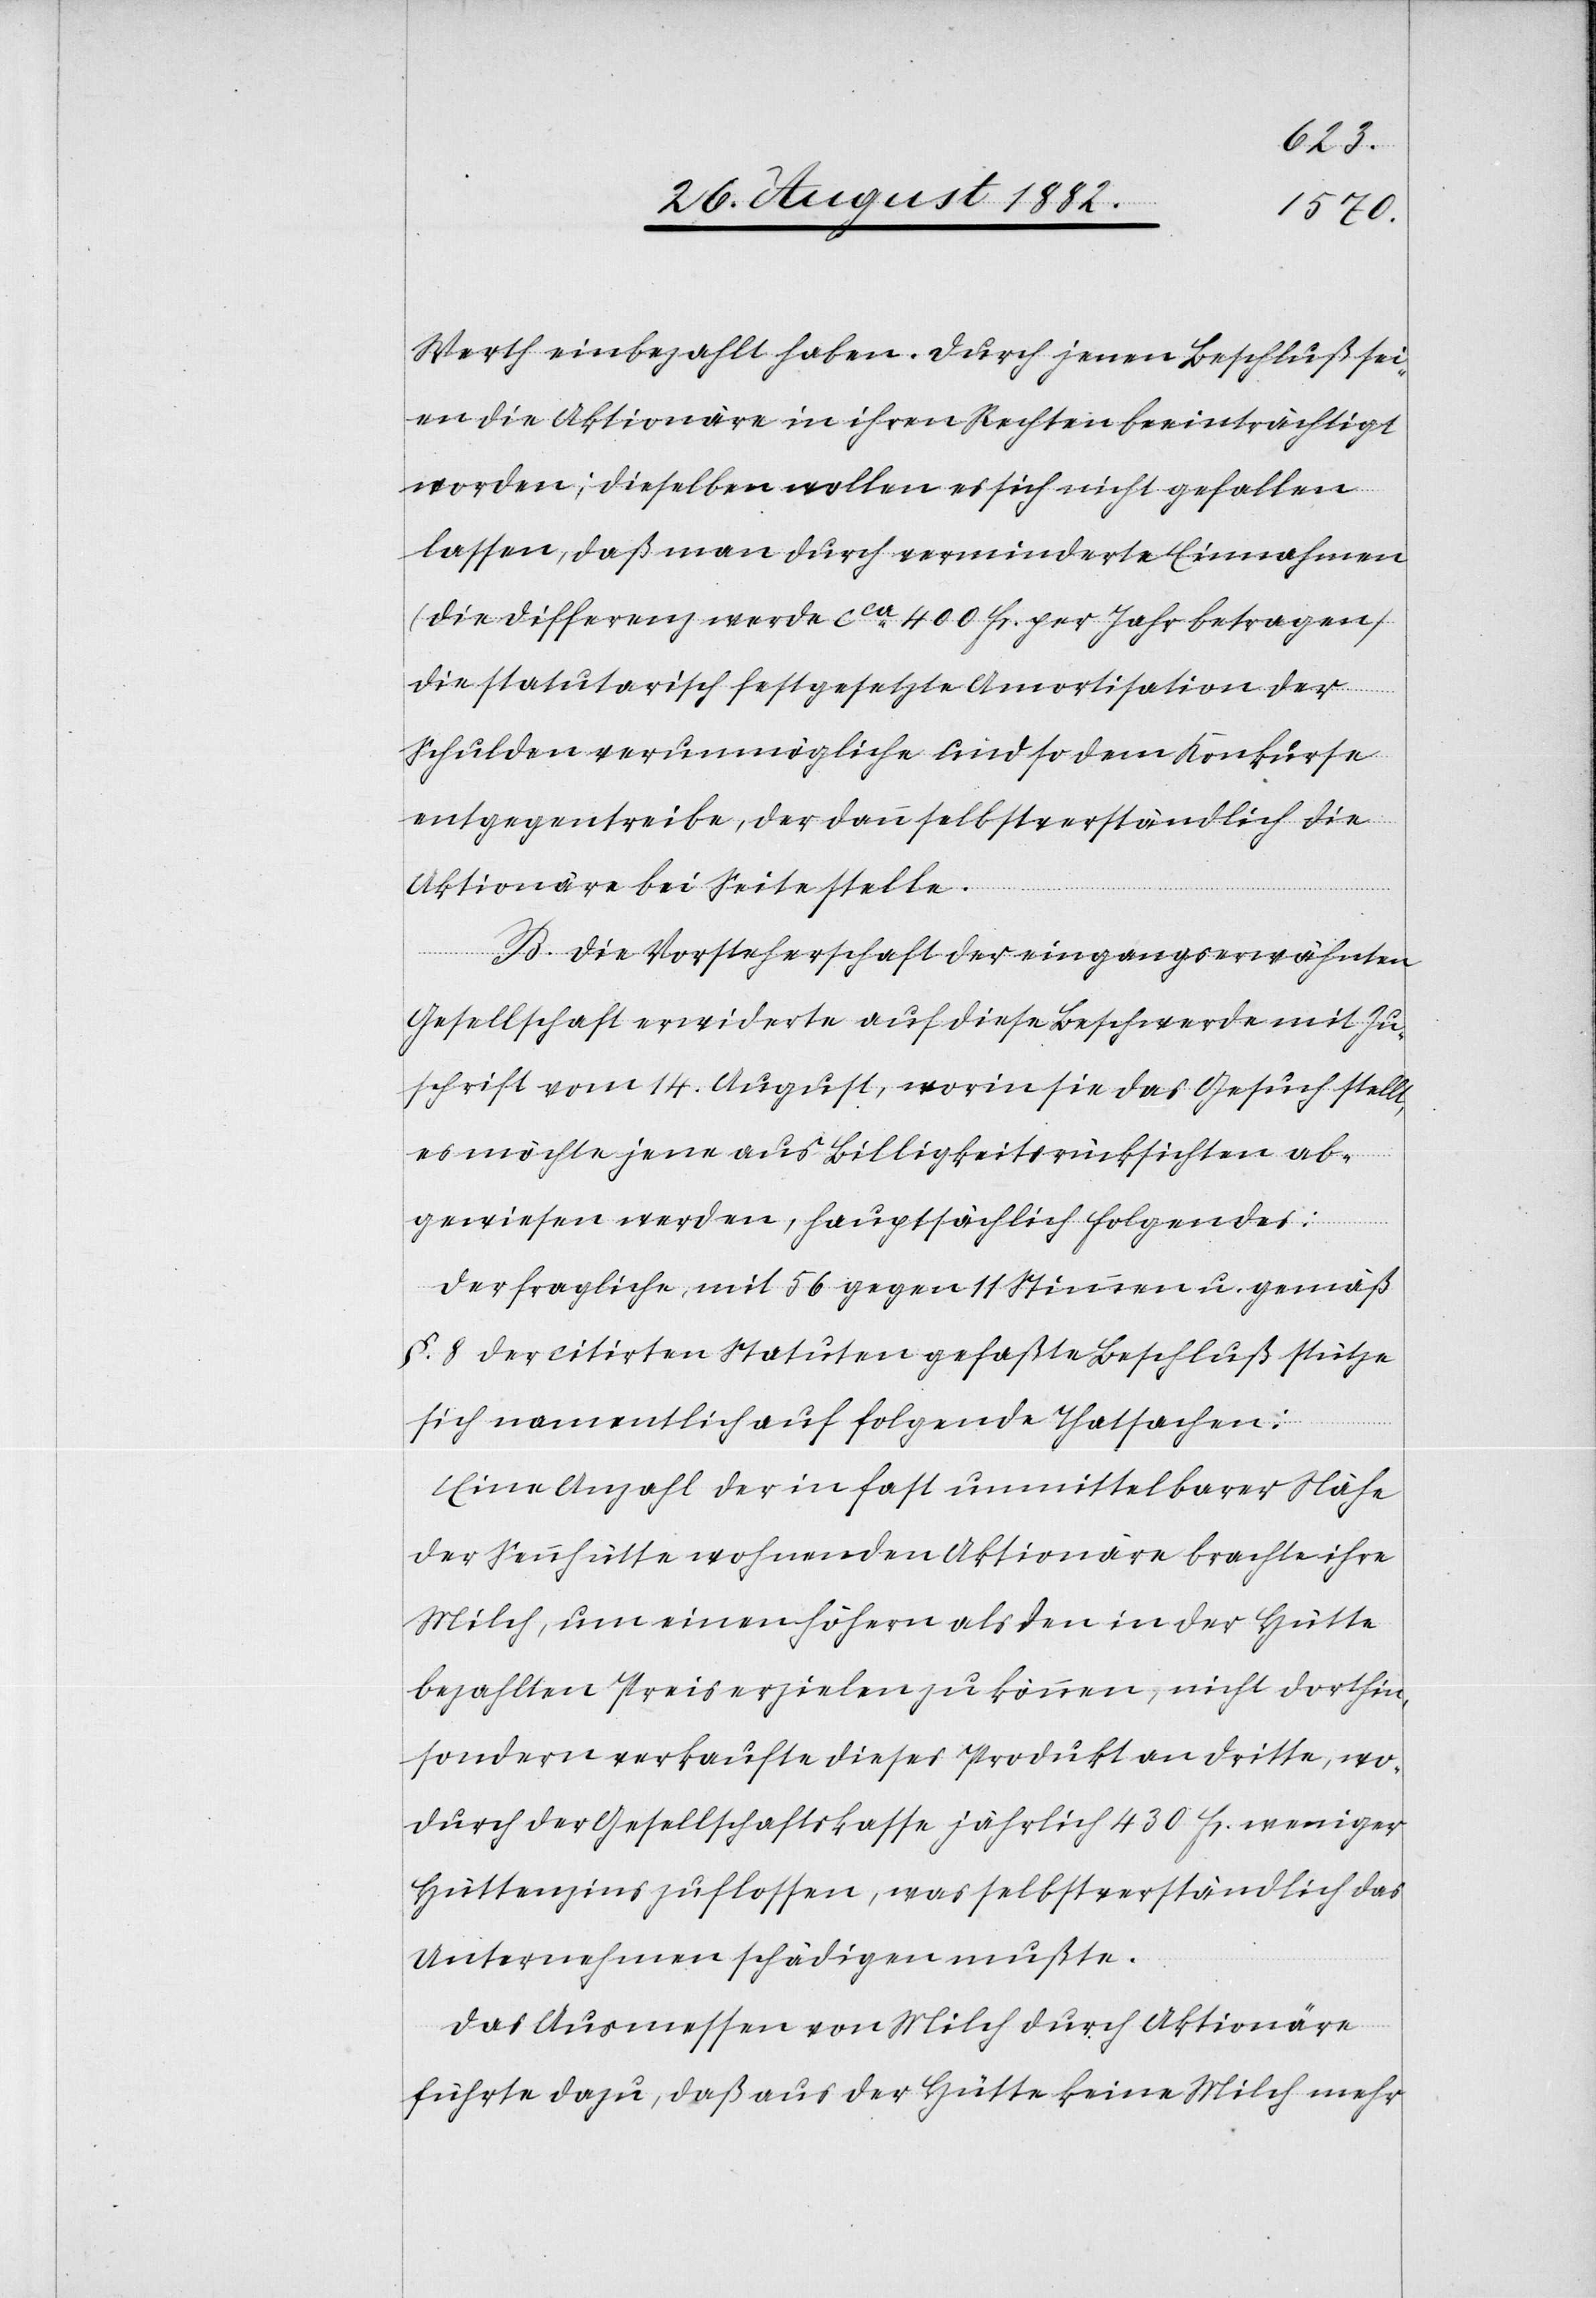
Werth einbezahlt haben. Durch jenen Beschluß sei¬
en die Aktionäre in ihren Rechten beeinträchtigt
worden; dieselben wollen es sich nicht gefallen
lassen, daß man durch verminderte Einnahmen
(die Differenz werde ca 500 Fr. per Jahr betragen)
die statuarisch festgesetzte Amortisation der
Schulden verunmögliche und so dem Konkurse
entgegentreibe, der dann selbstverständlich die
Aktionäre bei Seite stelle.
B. Die Vorsteherschaft der eingangserwähnten
Gesellschaft erwiderte auf diese Beschwerde mit Zu¬
schrift vom 14. August, worin sie das Gesuch stellt,
es möchte jene aus Billigkeitsrücksichten ab¬
gewiesen werden, hauptsächlich Folgendes:
Der fragliche, mit 56 gegen 11 Stimmen u. gemäß
§. 8 der citirten Statuten gefaßte Beschluß stütze
sich namentlich auf folgende Thatsachen:
Eine Anzahl der in fast unmittelbarer Nähe
der Sennhütte wohnenden Aktionäre brachte ihre
Milch, um einen höhern als den in der Hütte
bezahlten Preis erzielen zu können, nicht dorthin,
sondern verkaufte dieses Produkt an Dritte, wo¬
durch der Gesellschaftskasse jährlich 430 Fr. weniger
Hüttenzins zuflossen, was selbstverständlich das
Unternehmen schädigen mußte.
Das Ausmessen von Milch durch Aktionäre
führte dazu, daß aus der Hütte keine Milch mehr